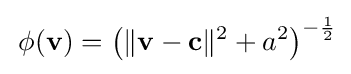
\,\phi (\mathbf {v} )=\left(\|\mathbf {v} -\mathbf {c} \|^{2}+a^{2}\right)^{-{\frac {1}{2}}}